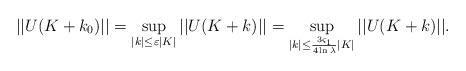
LaTeX: \begin{align*} || U(K +k_0)||= \sup_{|k|\leq \varepsilon |K |}|| U(K +k)||=\sup_{|k|\leq \frac{3\varsigma_1}{4\ln\lambda}|K|} || U(K +k)||.\end{align*}